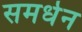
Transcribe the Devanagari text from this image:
समर्धन